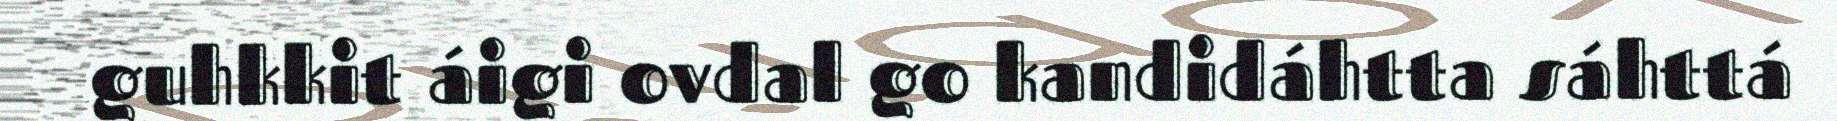
guhkkit áigi ovdal go kandidáhtta sáhttá